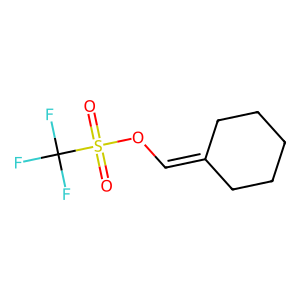
SMILES: O=S(=O)(OC=C1CCCCC1)C(F)(F)F
Inhibits HIV replication: No